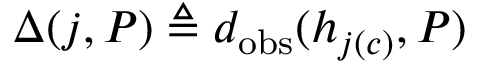
\Delta ( j , P ) \triangleq d _ { \mathrm { o b s } } ( h _ { j ( c ) } , P )